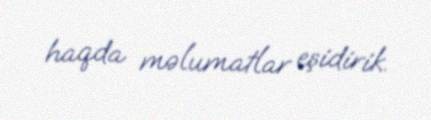
haqda məlumatlar eşidirik.